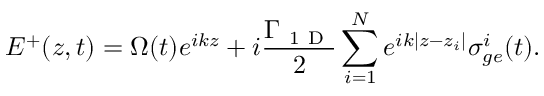
E ^ { + } ( z , t ) = \Omega ( t ) e ^ { i k z } + i \frac { \Gamma _ { \mathrm { ~ 1 ~ D ~ } } } { 2 } \sum _ { i = 1 } ^ { N } e ^ { i k | z - z _ { i } | } \sigma _ { g e } ^ { i } ( t ) .